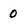
Character: 0